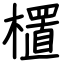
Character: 㯰